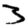
Digit: 3